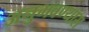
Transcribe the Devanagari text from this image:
अनुभवण्यास